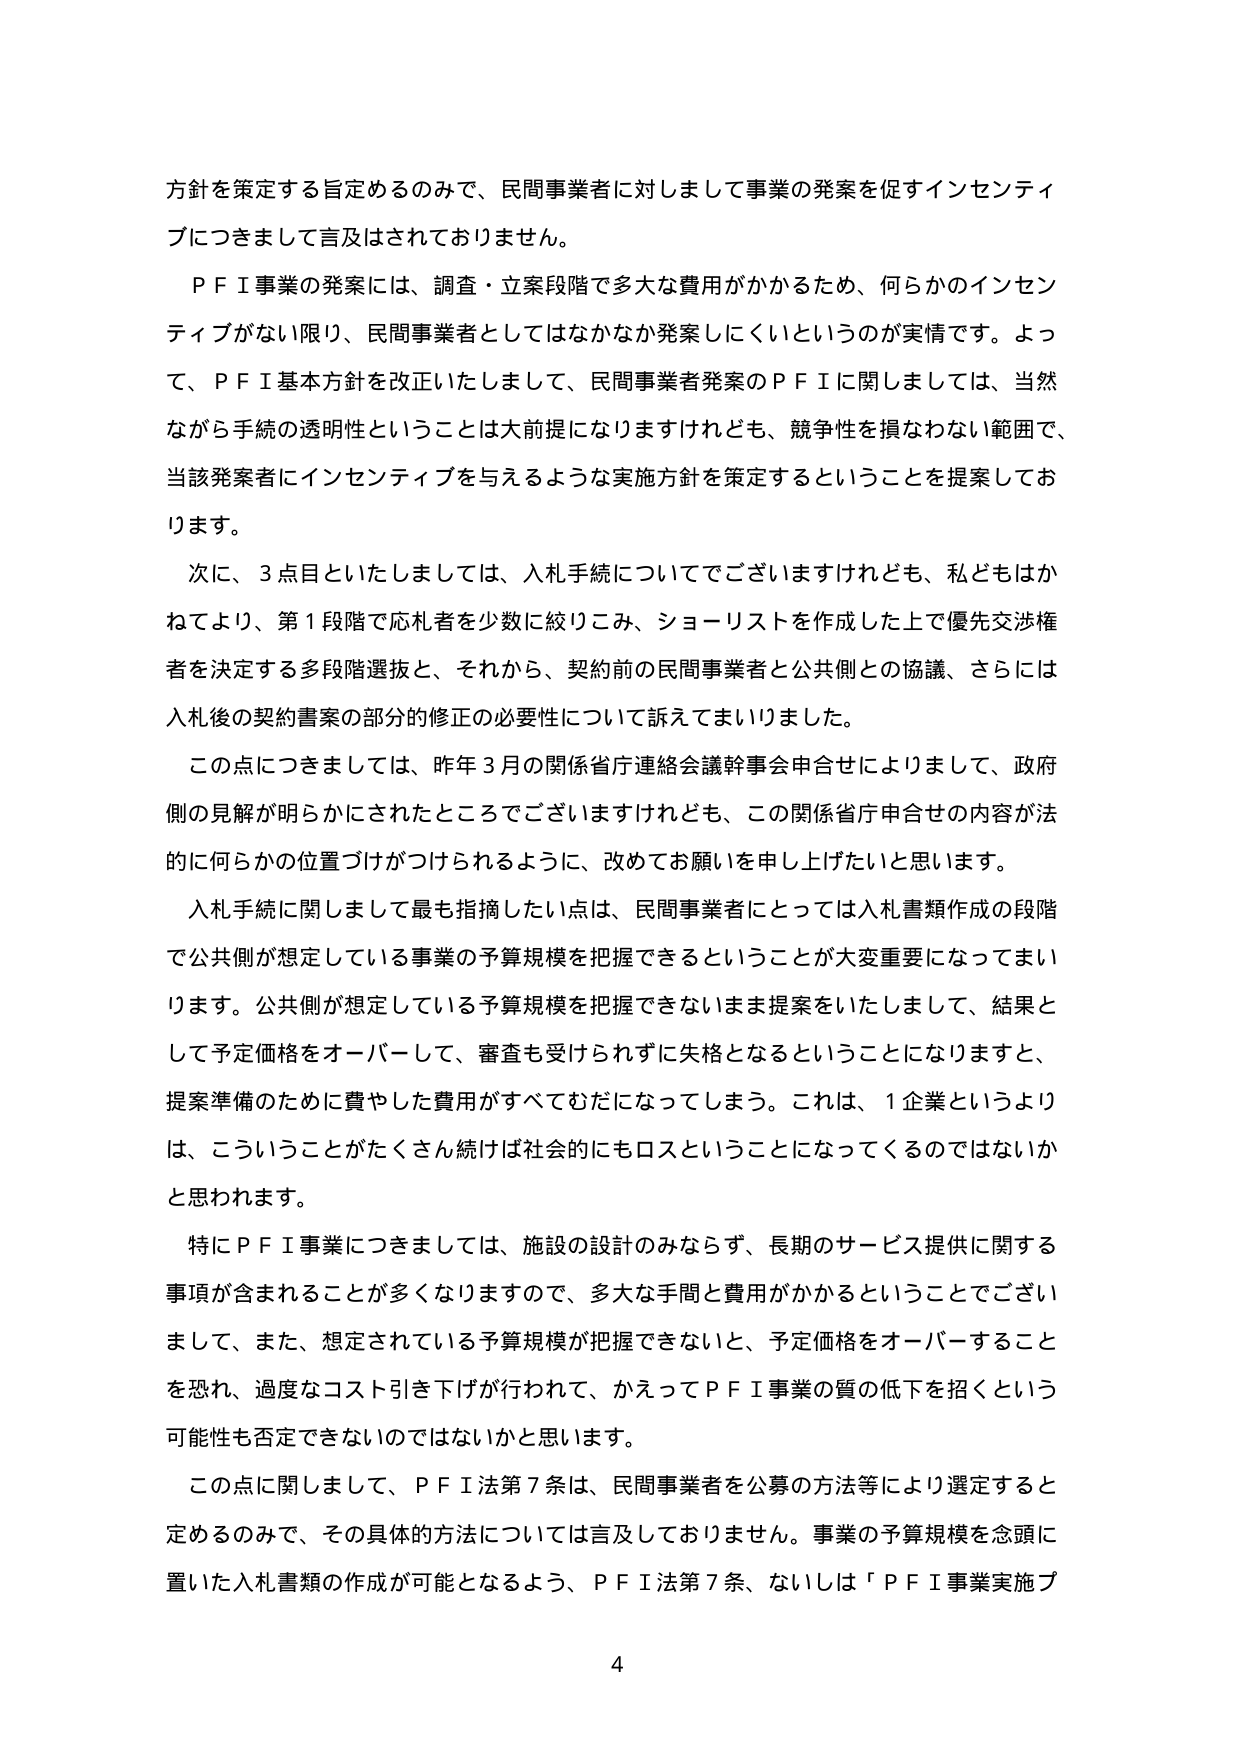
方針を策定する旨定めるのみで、民間事業者に対しまして事業の発案を促すインセンティブにつきまして言及はされておりません。

ＰＦＩ事業の発案には、調査・立案段階で多大な費用がかかるため、何らかのインセンティブがない限り、民間事業者としてはなかなか発案しにくいというのが実情です。よって、ＰＦＩ基本方針を改正いたしまして、民間事業者発案のＰＦＩに関しましては、当然ながら手続の透明性ということは大前提になりますけれども、競争性を損なわない範囲で、当該発案者にインセンティブを与えるような実施方針を策定することを提案しております。

次に、３点目といたしましては、入札手続についてでございますけれども、私どもはかねてより、第１段階で応札者を少数に絞りこみ、ショーリストを作成した上で優先交渉権者を決定する多段階選抜と、それから、契約前の民間事業者と公共側との協議、さらには入札後の契約書案の部分的修正の必要性について訴えてまいりました。

この点につきましては、昨年３月の関係省庁連絡会議幹事会申合せによりまして、政府側の見解が明らかにされたところでございますけれども、この関係省庁申合せの内容が法的に何らかの位置づけがつけられるように、改めてお願いを申し上げたいと思います。

入札手続に関しまして最も指摘したい点は、民間事業者にとっては入札書類作成の段階で公共側が想定している事業の予算規模を把握できるということが大変重要になってまいります。公共側が想定している予算規模を把握できないまま提案をいたしまして、結果として予定価格をオーバーして、審査も受けられずに失格となるということになりますと、提案準備のために費やした費用がすべてむだになってしまう。これは、１企業というよりは、こういうことがたくさん続ければ社会的にもロスということになってくるのではないかと思われます。

特にＰＦＩ事業につきましては、施設の設計のみならず、長期のサービス提供に関する事項が含まれることが多くなりますので、多大な手間と費用がかかるということでございますし、また、想定されている予算規模が把握できないと、予定価格をオーバーすることを恐れ、過度なコスト引き下げが行われて、かえってＰＦＩ事業の質の低下を招くという可能性も否定できないのではないかと思います。

この点に関しまして、ＰＦＩ法第７条は、民間事業者を公募の方法等により選定すると定めるのみで、その具体的方法については言及しておりません。事業の予算規模を念頭に置いた入札書類の作成が可能となるよう、ＰＦＩ法第７条、ないしは「ＰＦＩ事業実施プ

4